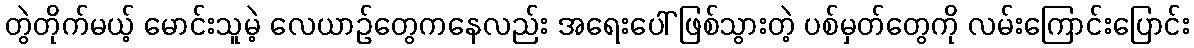
တွဲတိုက်မယ့် မောင်းသူမဲ့ လေယာဉ်တွေကနေလည်း အရေးပေါ် ဖြစ်သွားတဲ့ ပစ်မှတ်တွေကို လမ်းကြောင်းပြောင်း